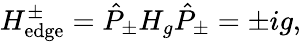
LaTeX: H_{\mathrm{edge}}^{\pm}=\hat{P}_{\pm}H_{g}\hat{P}_{\pm}=\pm ig,